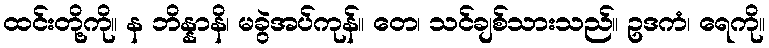
ထင်းတို့ကို။ န ဘိန္နာနိ၊ မခွဲအပ်ကုန်။ တေ၊ သင်ချစ်သားသည်။ ဥဒကံ၊ ရေကို။